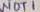
Text: NOT1